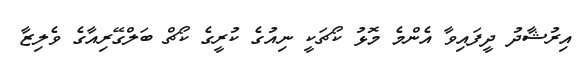
އިރުޝާދު ދީފައިވާ އެންމެ މޮޅު ކޯޗަކީ ނިއުގެ ކުރީގެ ކޯޗް ބަލްގޭރިއާގެ ވެލިޒާ